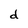
Character: d